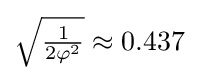
{\sqrt {\tfrac {1}{2\varphi ^{2}}}}\approx 0.437